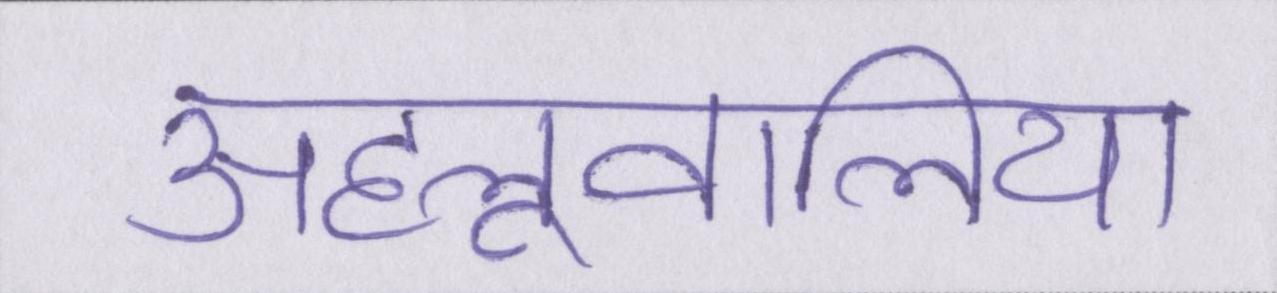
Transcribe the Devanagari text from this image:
अहलूवालिया